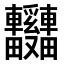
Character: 𫐃